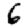
Digit: 6